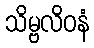
သိမ္ဗလိဝနံ